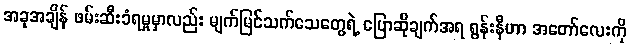
အခုအချိန် ဖမ်းဆီးခံရမှုမှာလည်း မျက်မြင်သက်သေတွေရဲ့ ပြောဆိုချက်အရ ရွန်းနီဟာ အတော်လေးကို